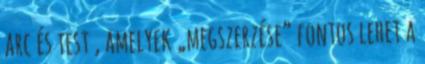
arc és test , amelyek „megszerzése” fontos lehet a